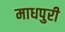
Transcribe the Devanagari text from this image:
माधपुरी